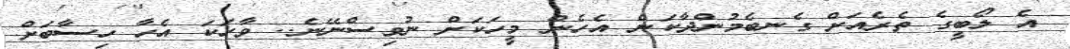
އެ ލޯބީގެ ތެރެއަށް ގެނބެމުންދާކަން އެހެން މީހަކަށް ނުވިސްނޭނެ.. ވާހަކަ އެހާ ހިސާބަށް